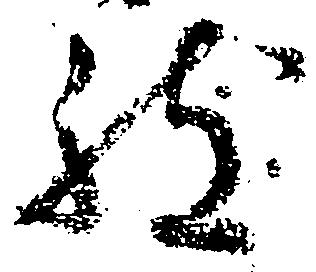
致